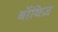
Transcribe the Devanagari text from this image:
बॉयिज़